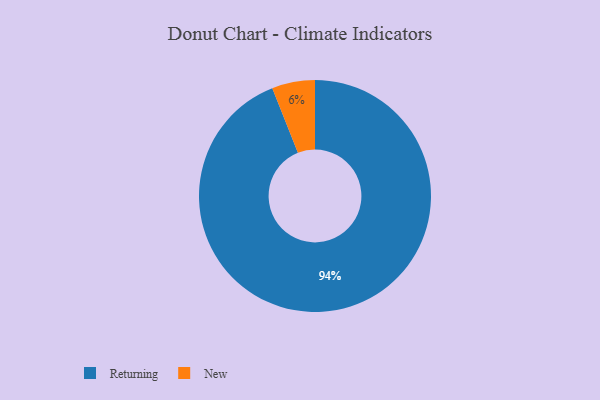
{"axis": {"x": "Category", "y": "Percentage"}, "legend": ["New", "Returning"], "data": [{"x": "Returning", "y": 94, "type": "Returning"}, {"x": "New", "y": 6, "type": "New"}]}